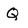
Character: Q